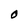
Character: O